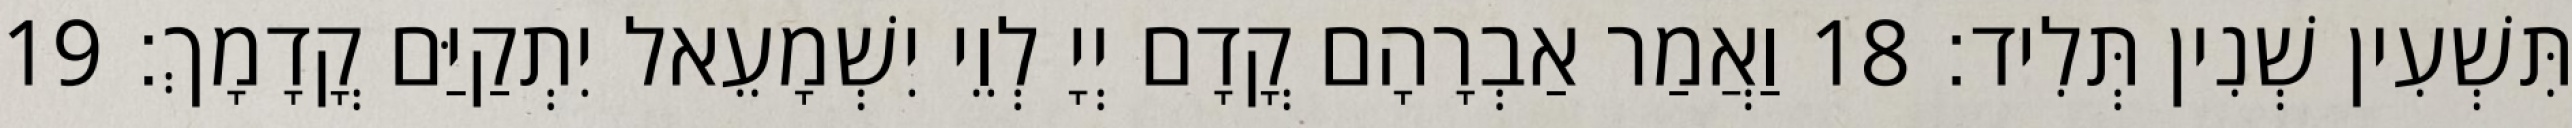
תִּשְׁעִין שְׁנִין תְּלִיד׃ 18 וַאֲמַר אַבְרָהָם קֳדָם יְיָ לְוֵי יִשְׁמָעֵאל יִתְקַיַּם קֳדָמָךְ׃ 19